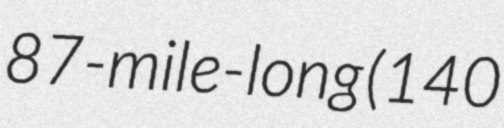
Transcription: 87-mile-long (140